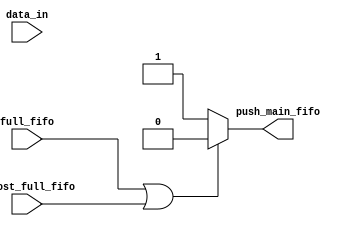
module recirculador(input [5:0] data_in,
                    input full_fifo,
                    input almost_full_fifo,
                    output push_main_fifo);


always @(*) begin
    if (full_fifo || almost_full_fifo) push_main_fifo = 0;
    else push_main_fifo = 1;
end

endmodule